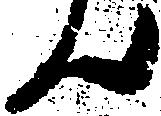
ん